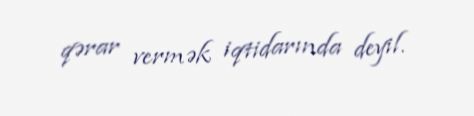
qərar vermək iqtidarında deyil.